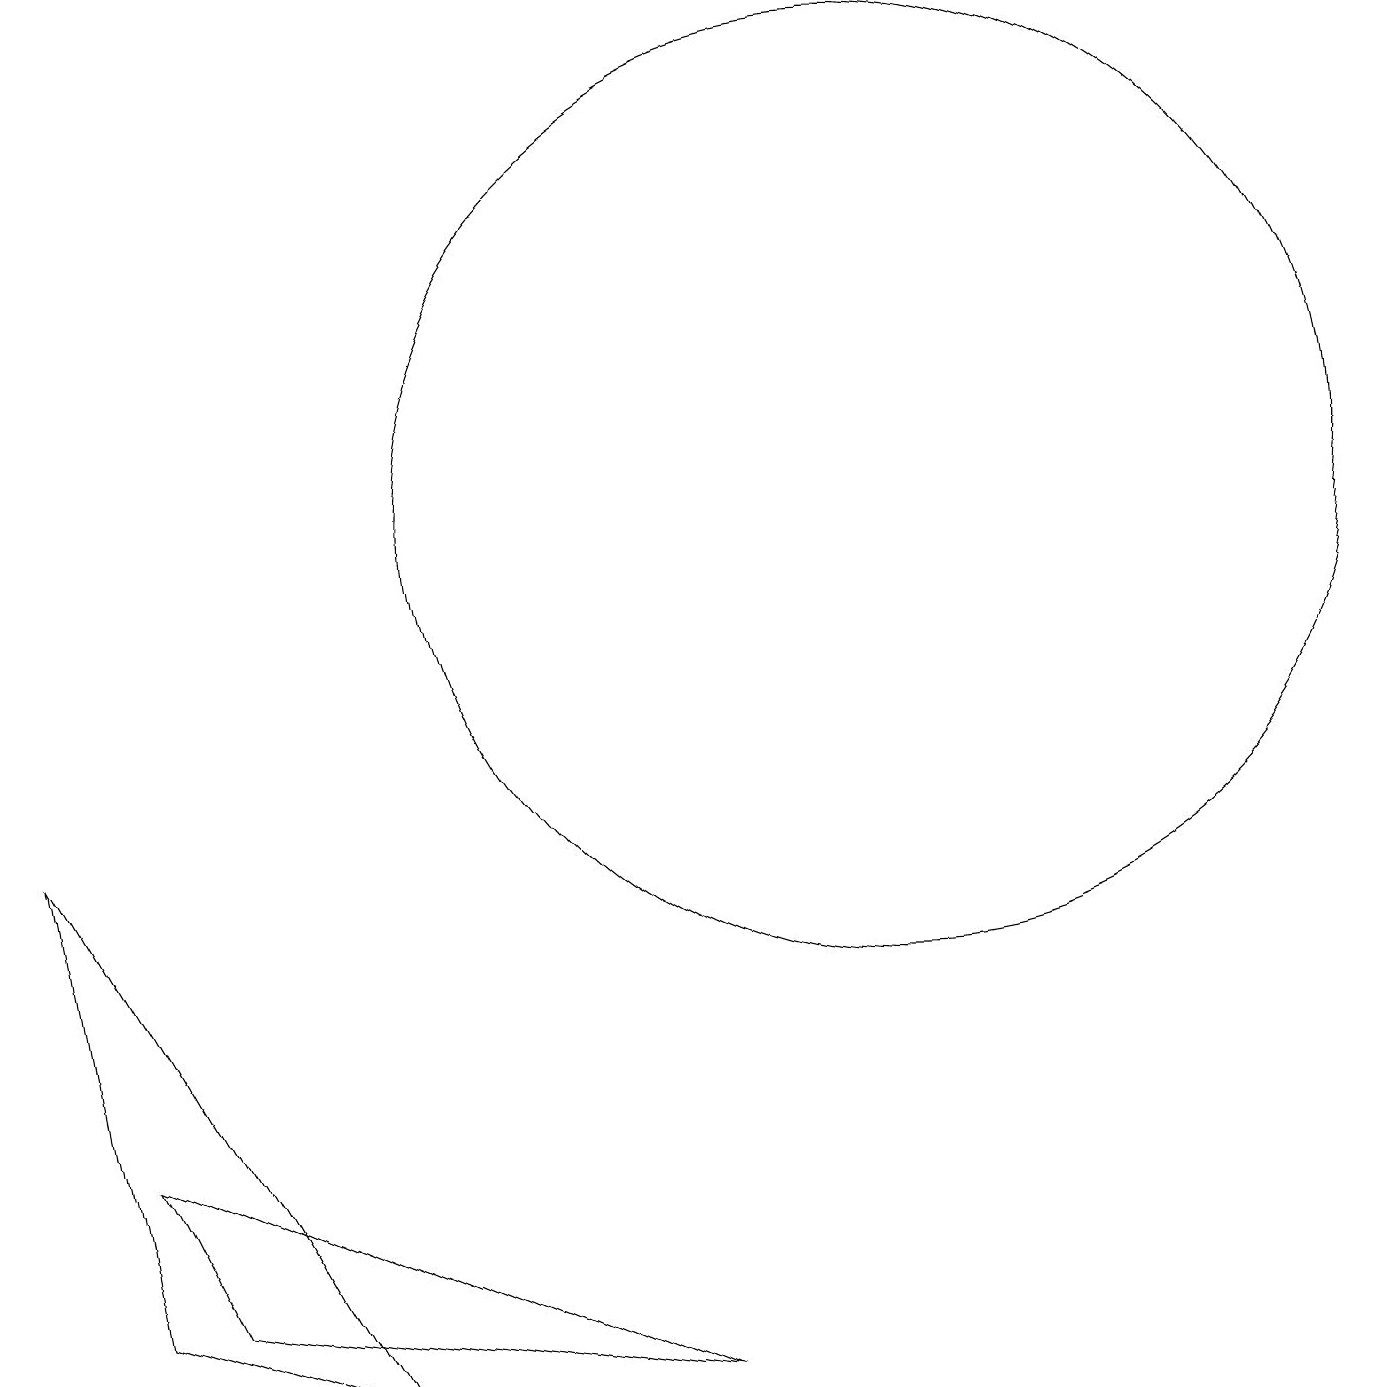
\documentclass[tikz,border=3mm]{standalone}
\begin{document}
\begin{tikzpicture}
\draw (3,1) -- (9,0) -- (2,3) -- cycle;
\draw (12,11) circle (6);
\draw (2,1) -- (5,0) -- (1,7) -- cycle;
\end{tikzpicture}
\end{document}